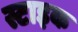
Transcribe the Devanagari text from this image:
स्टाइक